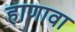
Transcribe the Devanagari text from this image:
हाणावा